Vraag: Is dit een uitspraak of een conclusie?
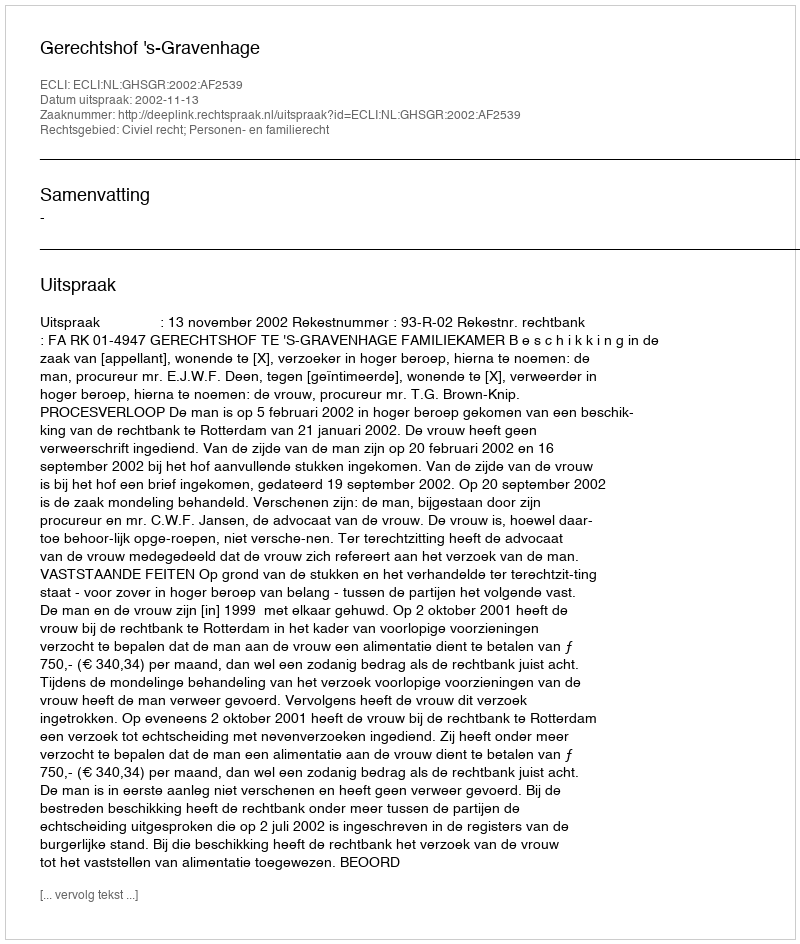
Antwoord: Uitspraak